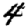
Digit: 4